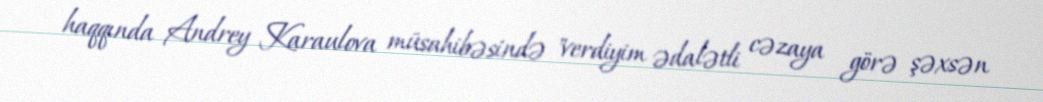
haqqında Andrey Karaulova müsahibəsində "verdiyim ədalətli cəzaya görə şəxsən